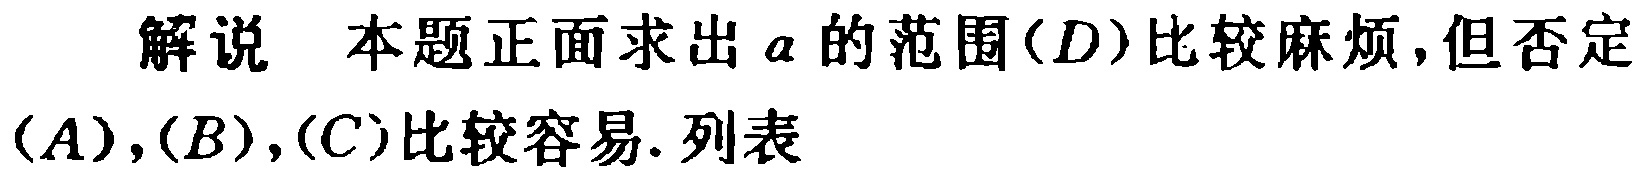
解说 本题正面求出 \(a\) 的范围\((D)\)比较麻烦,但否定\((A),(B),(C)\)比较容易. 列表